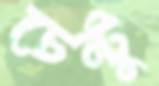
চেন্টু